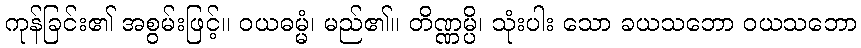
ကုန်ခြင်း၏ အစွမ်းဖြင့်။ ဝယဓမ္မံ၊ မည်၏။ တိဏ္ဏမ္ပိ၊ သုံးပါး သော ခယသဘော ဝယသဘော